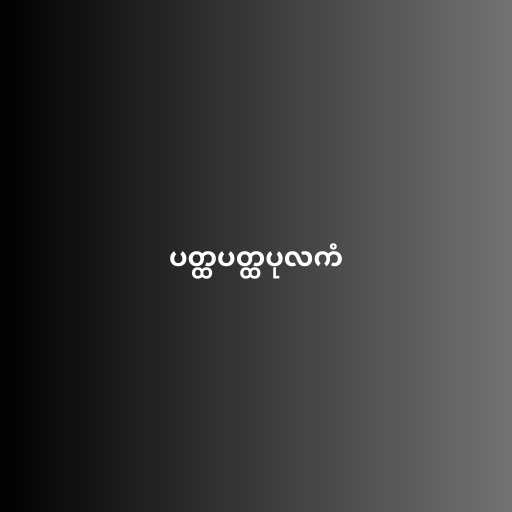
ပတ္ထပတ္ထပုလကံ